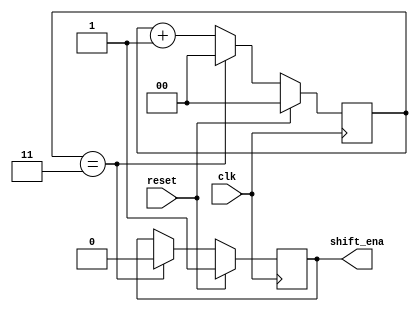
module top_module (
    input                   clk         ,
    input                   reset       ,
    output                  shift_ena
);

    reg         [1 : 0]     cnt;

    // always @ (posedge clk) begin
    //     if (reset) begin
    //         shift_ena <= 1'b1;
    //         cnt <= 2'b0;
    //     end
    //     else if (shift_ena & cnt == 2'd3) begin
    //         shift_ena <= 1'b0;
    //         cnt <= 2'b0;
    //     end
    //     else begin
    //         cnt <= cnt + 1'b1;
    //     end
    // end

    always @ (posedge clk) begin
        if      (reset)         shift_ena <= 1'b1;
        else if (cnt == 2'd3)   shift_ena <= 1'b0;
    end

    always @ (posedge clk) begin
        if (reset)              cnt <= 2'd0;
        else if (cnt == 2'd3)   cnt <= 2'd0;
        else                    cnt <= cnt + 1'b1;
    end

endmodule